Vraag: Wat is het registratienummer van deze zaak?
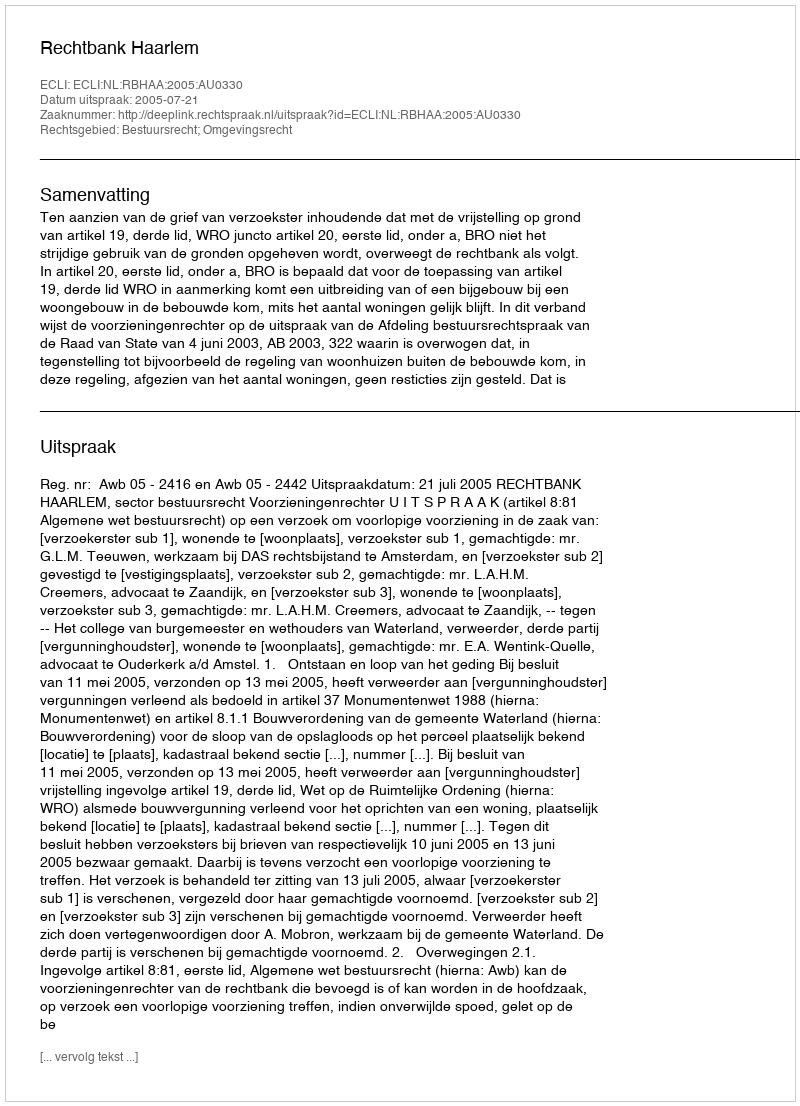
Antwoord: http://deeplink.rechtspraak.nl/uitspraak?id=ECLI:NL:RBHAA:2005:AU0330